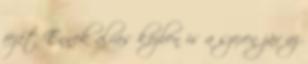
fejét Ennek alvás közben is a szexen jár az